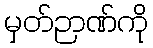
မှတ်ဉာဏ်ကို